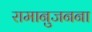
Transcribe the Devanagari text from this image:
रामानुजनना